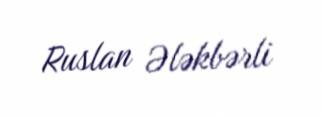
Ruslan Ələkbərli